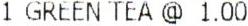
1 GREEN TEA @ 1.00